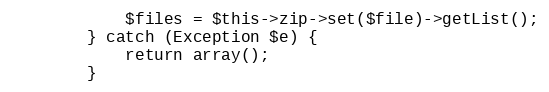
Language: PHP
            $files = $this->zip->set($file)->getList();
        } catch (Exception $e) {
            return array();
        }